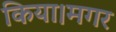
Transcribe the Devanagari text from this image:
किया।मगर